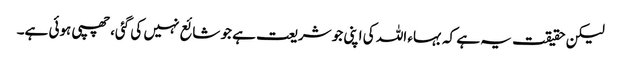
لیکن حقیقت یہ ہے کہ بہاء اللہ کی اپنی جو شریعت ہے جو شائع نہیں کی گئی، چھپی ہوئی ہے۔